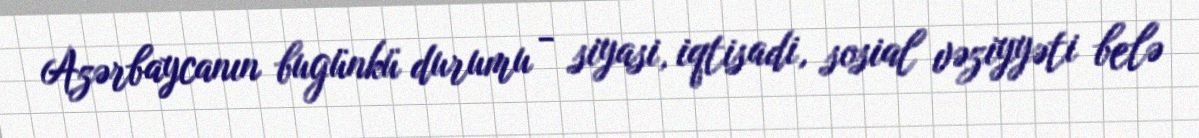
Azərbaycanın bugünkü durumu - siyasi, iqtisadi, sosial vəziyyəti belə